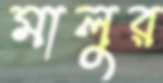
মালুর